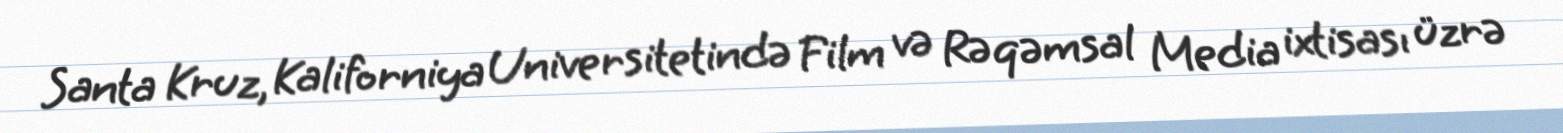
Santa Kruz, Kaliforniya Universitetində Film və Rəqəmsal Media ixtisası üzrə